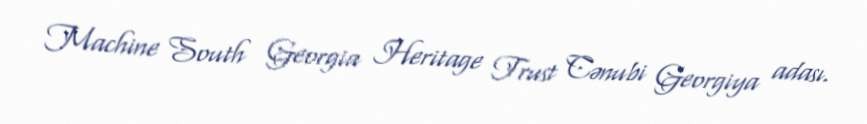
Machine South Georgia Heritage Trust Cənubi Georgiya adası.